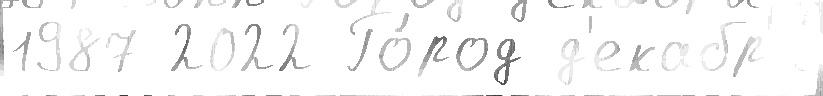
1987 2022 Го́род д'екабр'я́